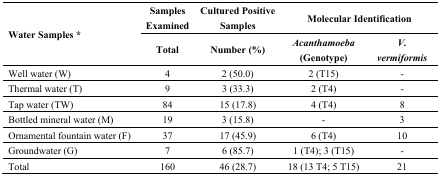
| <ROWSPAN=2> Water Samples * | Samples Examined | Cultured Positive Samples | <COLSPAN=2> Molecular Identification |
 | Total | Number (%) | Acanthamoeba (Genotype) | V. vermiformis |
 | --- | --- | --- | --- | --- |
 | Well water (W) | 4 | 2 (50.0) | 2 (T15) | - |
 | Thermal water (T) | 9 | 3 (33.3) | 2 (T4) | - |
 | Tap water (TW) | 84 | 15 (17.8) | 4 (T4) | 8 |
 | Bottled mineral water (M) | 19 | 3 (15.8) | - | 3 |
 | Ornamental fountain water (F) | 37 | 17 (45.9) | 6 (T4) | 10 |
 | Groundwater (G) | 7 | 6 (85.7) | 1 (T4); 3 (T15) | - |
 | Total | 160 | 46 (28.7) | 18 (13 T4; 5 T15) | 21 |